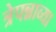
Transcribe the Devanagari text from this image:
त्रेपन्नाव्या